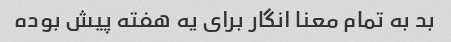
بد به تمام معنا انگار برای یه هفته پیش بوده